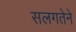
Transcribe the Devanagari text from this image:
सलगतेने